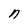
Character: n